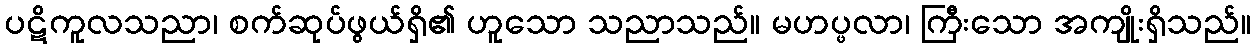
ပဋိကူလသညာ၊ စက်ဆုပ်ဖွယ်ရှိ၏ ဟူသော သညာသည်။ မဟပ္ဖလာ၊ ကြီးသော အကျိုးရှိသည်။